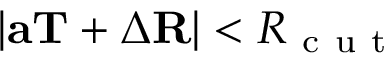
| \mathbf { a } \mathbf { T } + \Delta \mathbf { R } | < R _ { \mathrm { ~ c ~ u ~ t ~ } }